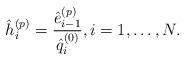
LaTeX: \begin{align*} \hat{h}_{i}^{( p )} = \frac{\hat{e}_{i - 1}^{( p )}}{\hat{q}_{i}^{( 0 )}}, i = 1, \dots , N. \end{align*}